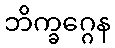
ဘိက္ခဂ္ဂေန